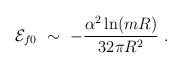
LaTeX: \begin{align*}{\cal E} _{f0} \ \sim\ -\frac{\alpha^2\ln (mR)}{32\pi R^2}\ .\end{align*}